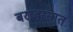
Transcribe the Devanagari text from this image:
बराबरसात